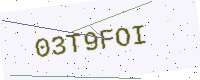
Text: 03T9FOI